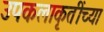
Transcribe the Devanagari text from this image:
उपकलाकृतींच्या